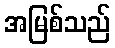
အမြစ်သည်